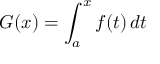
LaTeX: G ( x ) = \int _ { a } ^ { x } f ( t ) \, d t